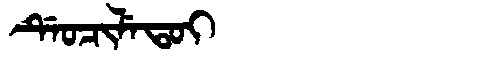
Manchu: ᡩᡝᠣᠴᡳᠯᡝᡨᠣᡳ
Romanization: DEOCILETOI